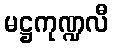
မဋ္ဌကုဏ္ဍလီ